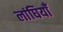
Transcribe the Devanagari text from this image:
लांघियाँ